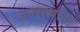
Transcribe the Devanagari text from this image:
अपराधांना